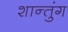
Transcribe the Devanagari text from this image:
शान्तुंग